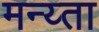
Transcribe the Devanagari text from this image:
मन्य्ता